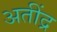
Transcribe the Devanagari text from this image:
अतींद्र